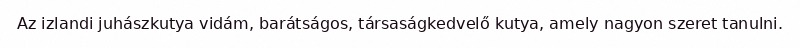
Az izlandi juhászkutya vidám, barátságos, társaságkedvelő kutya, amely nagyon szeret tanulni.